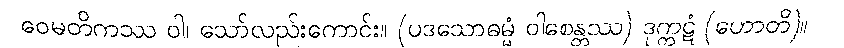
ဝေမတိကဿ ဝါ၊ သော်လည်းကောင်း။ (ပဒသောဓမ္မံ ဝါစေန္တဿ) ဒုက္ကဋံ (ဟောတိ)။